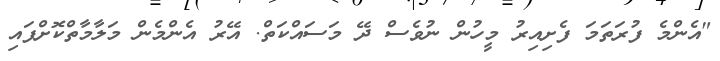
"އެންމެ ފުރަތަމަ ފެށިއިރު މީހުން ނުވެސް ދޭ މަސައްކަތް. އޭރު އެންމެން މަލާމާތްކޮށްފައި